Report on sanitation, dispensaries, and jails in Rajputana for 1911, and on vaccination for the year 1911-1912 - 1911-1912
Year: 1911
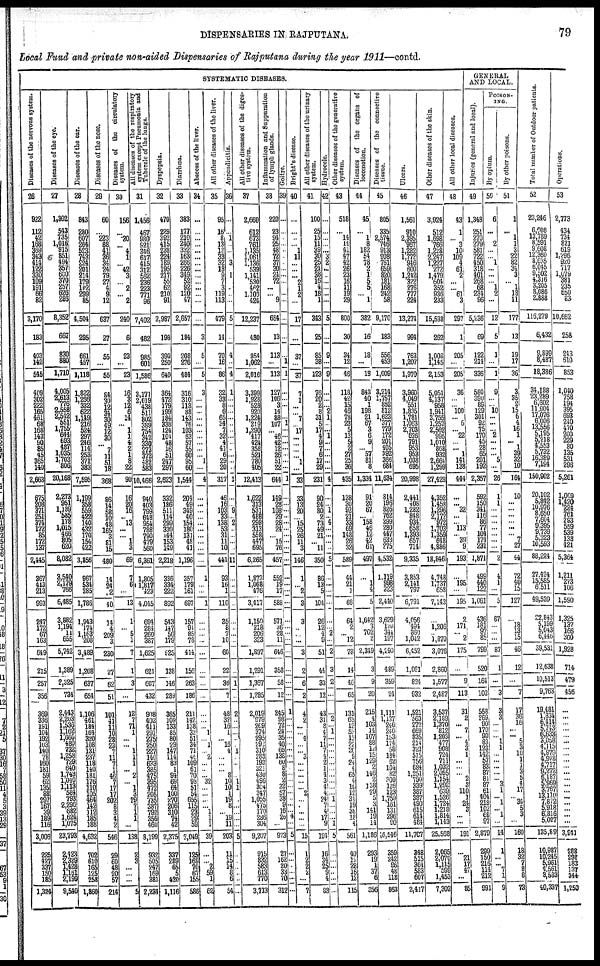
DISPENSARIES IN RAJPUTANA.
79
Local Fund and private non-aided Dispensaries of Rajputana during the year 1911—contd.
SYSTEMATIC DISEASES.
Diseases of the nervous system.
26
922
112
42
168
369
343
414
122
330
109
191
66
82
3,170
183
403
142
545
409
302
222
165
461
68
168
143
90
85
45
365
140
2,663
675
208
371
251
374
172
85
172
137
2,445
367
413
213
993
247
172
67
163
649
215
257
356
369
336
191
104
192
103
140
78
160
181
59
62
135
88
297
167
39
189
116
3,006
225
427
337
150
185
1,324
Diseases of the eye.
27
1,302
543
735
1,016
915
851
494
357
600
370
257
626
286
8,352
667
830
880
1,710
4,005
2,613
776
2,558
2,542
551
1,755
644
693
487
1,035
1,703
806
20,168
2,273
951
1,189
585
178
1,015
466
805
620
8,082
3,540
2,179
766
6,485
3,882
1,194
11
655
5,742
1,389
2,325
734
2,443
2,203
1,536
1,162
1,666
480
732
1,258
729
640
1,743
1,040
1,113 584
793
2,296
682
1,624
1,075
23,793
2,423
2 329
1,428
1,161
2,199
9,540
Diseases of the ear.
28
843
280
607
264
523
743
224
201
214
179
102
299
85
4,504
295
661
457
1,118
1,822
1,266
332
622
1,149
216
524
297
246
114
253
371
383
7,595
1,199
358
559
422
140
432
170
154
422
3,856
967
534
285
1,786
1,943
174
1,163
208
3,489
1,208
637
654
1,106
461
184
164
320
108
131
237
118
140
181
176
110
105
464
142
112
185
188
4,632
702
610
165
125
258
1,860
Diseases of the nose.
29
60
...
223
88
41
36
34
24
79
27
4
9
12
637
27
55
...
55
84
30
12
34
30
49
12
30
... 7
11
51
18
368
86
14
58
10
43
165
3
81
15
480
14
24
2
40
14
4
209
3
230
27
62
51
101
41
11
10
28
23
7
11
7
1
46
7
17
17 202
8
3
4
2
546
29
60
48
20
57
214
Diseases of the circulatory
system.
30
156
...
30
... 4
1
... 42
3
... 2
... 2
240
6
23
...
23
16
3
12
6
14
... 1
1
4
2
1
8
22
90
16
20
16
... 13
...
... 1
3
69
7
6
...
13
1
... 5
1
7
1
3
...
12
7
71
1
...
...
1
1
1
... 2
... 1
3
29
7
1
1
...
138
2
3
...
...
...
5
All diseases of the respiratory
system except Pneumonia and
Tubercle of the lungs.
31
1,456
467
980
921
346
617
415
312
562
236
223
771
96
7,402
482
985
601
1,586
3,171
2,019
438
511
802
389
754
342
330
273
372
482
583
10,466
940
403
799
648
954
788
790
479
560
6,361
1,805
1,817
423
4,045
694
284
260
387
1,625
621
607
432
908
402
411
291
275
250
227
140
633
385
475
395
472
205
735
387
792
356
460
8,199
932
505
247
169
381
2,234
Dyspepsia.
32
470
229
392
415
238
224
189
195
217
55
62
210
91
2,987
198
390
250
640
364
472
179
199
184
338
124
104 48
16
51
247
297
2,623
332
186
511
114
299
330
144
153
149
2,218
336
334
222
892
543
147
56
179
925
138
146
289
365
109
133
85
80
29
147
114
83
1
94
69
64
100
270
206
310
74
42
2,375
337
289
65
5
420
1,116
Diarrhœa.
33
383
177
210
240
332
163
266 226
349
52
92
120
47
2,657
184
208
276
484
316
310
113
88
143
76
103
63
57
55
60
95
60
1,544
204
49
349
40
154
180
131
48
41
1,196
357
179
161
697
157
94
85
78
414
156
263
186
211
142
138
32
51
34
71
46
109
61
70
93
51
54
655
115
23
29
59
2,049
125
169
70
67
155
586
Abscess of the liver.
34
...
...
...
...
...
...
...
...
...
...
...
...
...
...
3
5
...
5
3
...
...
...
...
...
... ...
...
...
... 1
...
4
...
...
...
...
...
...
... ...
...
...
1
...
...
1
...
...
...
...
...
...
...
...
...
...
...
1
...
1
...
2
...
...
...
32
...
...
...
... 1
1
1
39
...
... 2
59
1
62
All other diseases of the liver.
35
95
16
8
13
13
33
32
18
9
7
3
119
113
479
14
70
16
86
32
33
8
6
65
34
7
32
4
41
6
29
20
317
46
16
103
33
138
53
31
11
10
441
93
16
1
110
35
8
7
10
60
22
36
7
48
32
16
1
...
16
4
...
...
... 8
10
10
1
19
8
... 19
11
203
11
15
14
8
6
54
Appendicitis.
36
...
...
1
...
...
... 3
1
...
...
...
5
...
4
...
4
1
...
...
...
...
...
... ...
...
...
...
...
...
1
...
... 9
... 2
...
... ...
...
11
...
...
...
...
...
...
...
...
...
1
...
2
...
...
...
...
...
1
...
...
...
... 1
1
...
...
...
...
...
...
5
...
...
...
...
...
...
All other diseases of the diges-
tive system.
37
2,660
612
673
761
1,135
1,061
1,136
539
1,141
530
462
1,103
424
12,237
430
954
1,062
2,016
3,399
1,928
528
920
1,224
219
1,290
417
424
358
521
780
405
12,413
1,622
313
531
488
298
313
558
447
695
6,265
1,873
1,068
476
3,417
1,150
218
206
323
1,897
1,291
1,367
1,285
2,019
979
269
374
295
292
310
283
193
321
430
496
304
347
1,055
475
170
286
304
9,207
915
832
583
613
770
3,713
Inflammation and Suppuration
of lymph glands.
38
220
23
99
25
48
72
37
30
24
72
...
... 9
654
13
113
...
113
127
106
3
14
88
107
... 46 42
12
26
51
22
644
149
28
108
29
28
24
... 15
76
457
552
19
17
588
571
36
28
11
646
358
58
12
245
98
72
24
35
40
65
138
60
8
8 2
32
57
38
9 16
26
...
973
27
162
20
33 70
312
Goitre.
39
...
...
...
...
..
...
...
...
...
...
...
...
...
...
...
...
1
1
...
...
...
... 1
... ...
...
...
...
...
...
1
...
...
...
...
...
...
... ...
...
...
...
...
...
...
...
...
...
...
...
...
...
...
1
...
...
...
...
...
...
...
...
...
...
...
...
...
...
...
...
4
...
5
...
...
...
...
...
...
Bright's disease.
40
...
...
...
... 1
11
...
...
... 2
1
2
...
17
...
37
...
37
7
1
...
... 7
... 17
...
...
...
... 1
...
33
33
13
20
... 15
25
26
11
3
146
1
... 2
3
3
...
...
...
3
2
6
2
4
2
...
...
4
...
...
3
...
...
...
...
... 2
...
...
...
...
...
15
1
2
2
2
...
7
All other diseases of the urinary
system.
41
100
25
15
11
39
30
25
21 38
16
4
18
1
343
25
85
38
123
76
20
2
8
31
5
17
4
9
7
6
17
29
231
90
24
80
2
73
49
21
... 11
350
86
13
5
104
26
12
4
9
51
44
33
12
43
31
8
4
7
11
7
4
2
1
4
3
4
4
24
7
4
17
9
194
16
34
25
9 4
83
Hydrocele.
42
...
...
...
...
... 3
2
...
..
...
...
...
...
5
...
9
...
9
...
... ... 2
1
...
... 1
...
...
...
...
...
4
...
... 1
... 4
...
... ...
...
5
...
...
...
...
...
... 2
...
2
3
2
...
...
2
...
1
...
...
...
...
...
...
...
...
...
... 1
...
...
... 1
5
...
...
...
..
...
...
Other diseases of the generative
system.
43
518
...
14
14
41
47
42
26
23
16
11
19
29
800
30
34
12
46
118
42
15
46
78
23
5
13
5
2
27
25
36
435
138
30
92
21
33
69
148
26
32
589
44
21
1
66
64
2
... 12
78
14
46
65
131
63
12
53
13
22
20
9
24
4
65
4
10
12
34
19
38
18
4
561
40
19
28
16 12
115
Diseases of the organs of
locomotion.
44
45
...
1
8
182
54
78
2
1
5
5
... 1
382
16
18
...
18
843
40
1
198
21
67
3
6
9
... 57
81
8
1,334
91
20
67
... 158
46
12
42
61
497
...
1
4
5
1,642
3
702
2
2,349
3
9
20
215
4
103
14
107
88
12
15
129
2 146
2 138
29
5
3 141
19
14
1,186
293
19
1
37
6
356
Diseases of the connective
tissue.
45
805
335
2,574
746
913
908
761
659
820
181
168
242
58
9,170
183
556
453
1,009
3,214
1,757
852 812
1,623
377 779
172
201
405
392
366
684
11,634
814
196
826
762
299
280
447
633
275
4,532
1,119
998
323
2,440
3,629
120
344
197
4,290
489
359
24
1,111
1,137
246
240
153
174
58
184
62
104
82 309
126
123
1,759
161 131
296
90
56,546
359
242
96
48
118
863
Ulcers.
46
1,561
910
2,395
967
1,282
1,772
916
600
1,242
322
276
777
224
13,274
994
763
1,207
1,970
3,960
4,049
551
1,835
1,781
1,063
2,703
626 791
953
953
1,038
695
20,998
2,441
408
1,282
848
934
658
1,393
657
714
9,335
3,853
2,141
797
6,791
4,056
494
860
1,042
6,452
l,061
824
932
1,521
563
272
669
835
214
321
515
756
684
1,251
790 339
387
387
490 615
614
484
11,707
348
515
364
583
607
2,417
Other diseases of the skin.
47
3,924
512
1,698
766
l,228
2,247
1,227
272
1,479
609
352
936
233
15,538
262
1,008
1,145
2,153
5,051
4,137
958
1,941
3,755
1,257
2,562
995
1,010
868
932
2,664
1,299
27,429
4,352
1,458
1,296
2,172
972
1,703
1,359
648
4,886
18,846
4,748
1,737
658
7,143
...
1,206
... 1,870
3,076
2,860
1,577
2,487
3,537
2,189
1,370
812
1,203
477
908
724
711
1,032
2,095
1,154 1,292
639
1,526
1,724
1,218
1,814
1,143
25,568
2,065
2,070
1,115
599
1,453
7,302
All other local diseases.
48
43
1
... 3
10
109
4
61
2
...
... 61
3
297
1
205
...
205
36
...
... 100
... 6
... 22
... ... 1
141
138
444
...
... 32
...
... 113
... 39
9
193
...
195
...
195
2
171
... 2
175
...
9
113
31
2
... 7
...
4 3
1
...
... ...
2
3
110
1
24
3 ...
...
191
...
21
17
47
... 85
GENERAL
AND LOCAL.
Injuries (general and local).
49
1,348
251
270
279
581
722
450
318
401
268 68
234
96
5,236
69
122
214
336
580
390
89
129
301
92
75
170
45
28
65
201
192
2,357
592
150
341
116
86
77
104
174
231
1,871
499
440
122
1,061
436
181
97
85 799
520
164
102
558
269
90
170
99
83 123
142
57
83
87
81
87
61
404
218 102
68
97
2,879
299
150 216
114
212 961
POSION-
---.
By opium.
50
6
...
... 2
...
... 1
...
...
... 1
2
...
12
5
1
...
1
9
...
... 10
...
...
... 2
...
...
... 5
...
26
1
1
...
...
...
...
... ...
...
2
4
1
...
5
87
...
...
...
87
1
...
3
3
3
...
...
...
1
1
...
...
...
... ... 3
1
...
1 ...
1
... 14
1
...
...
7
1 9
By other poisons.
51
1
...
1
1
3
22
82
34
3
... 1
18
11
177
13
19
17
36
3
35
2
15
6
4
16
1
... 1
39
32
10
164
10
...
... ...
... ...
... 7
27
44
72
40
15
127
...
18
13
15
46
12
...
7
17
36 16
...
...
5
3
10
1
1
3
5
4
17
... 34
5
3
... 160
18
32 7
8
8 73
Total number of Outdoor patients.
52
23,246
6,008
13,789
8,591
9,608
12,360
8,635
6,045
9,502
4,316
3,205
8,086
2,888
116,279
6,432
9,899
8,487
18,386
34,188
23,289
6,602
11,904
17,076
6,006
13,556 5,195
5,218
4,553 5,732
16,389
7,194
150,902
20,102
5,842
8,650
7,604
9,395
9,739
5,323
5,323
...
88,224
27,424
15,585
6,511
49,520
22,843
5,199
5,043
6,446
39,531
12,638
10,513
9,763
19,481
1,834
6,414
5,743
6,633
3,058
4,115
4,979
4,978
4,717
9,272
6,187
5,969
3,767
13,110
7,872
5,918
6,816
5,027 135,89
10,987
10,245
5,961
4,561
3,583 40,337
Operations.
53
2,773
434
734
821
619
1,296
920
717
1,079
381
235
650
83
10,662
258
243
610
853
1,040
758
194 395
693
240
470
200 229
80
135
531
296
5,261
1,009
1,420
224
761
293
559
539
138
421
5,364
1,211
273
106
1,590
1,325
137
166
300
1,928
714
479
456
...
...
...
...
...
...
...
...
...
...
...
...
...
...
...
...
...
...
...
3,941
288
298 183
137
344
1,250